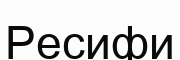
Ресифи